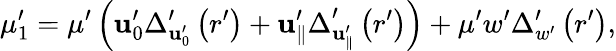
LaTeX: \mu_{1}^{\prime}=\mu^{\prime}\left(\mathbf{u}_{0}^{\prime}\Delta_{\mathbf{u}_{0}^{\prime}}^{\prime}\left(r^{\prime}\right)+\mathbf{u}_{\parallel}^{\prime}\Delta_{\mathbf{u}_{\parallel}^{\prime}}^{\prime}\left(r^{\prime}\right)\right)+\mu^{\prime}w^{\prime}\Delta_{w^{\prime}}^{\prime}\left(r^{\prime}\right),